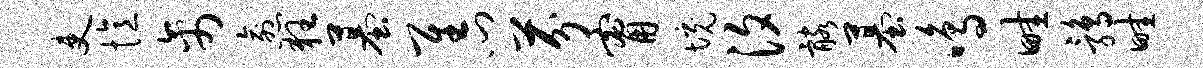
吏忆禽愈狂墓隹门芬甯境汐髂墓鸣畦鹑畦